画像に写った文字を読んでください
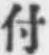
「付」と書いてあります